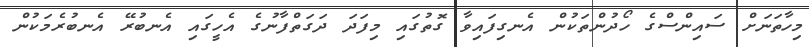
މިހާތަނަށް ސައިންސްގެ ހޯދުންތަކުން އެނގިފައިވާ ގޮތުގައި މިފަދަ ދަގަތްފާނުގެ އެހީގައި އެނބުރޭ އެނބުރެމަކުން